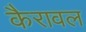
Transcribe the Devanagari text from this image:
कैरावल